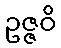
ဥဇ္ဇဝိ